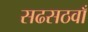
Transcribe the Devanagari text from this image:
सढसठवाँ